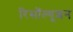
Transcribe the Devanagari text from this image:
रिसॉल्यूशन